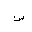
Letter: _sin